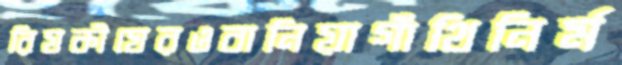
রিযকীঘেরওবানিয়াগাঁথিনির্ম